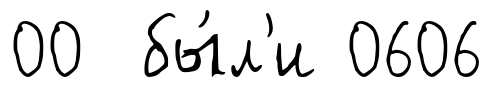
00 бы́л'и 0606